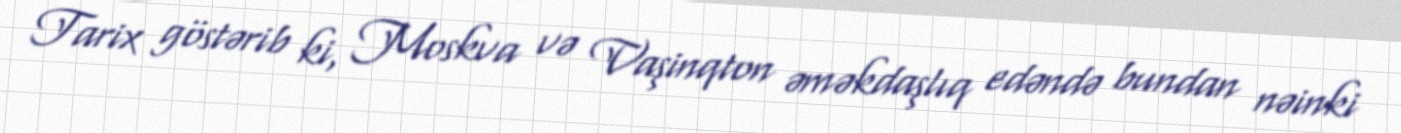
Tarix göstərib ki, Moskva və Vaşinqton əməkdaşlıq edəndə bundan nəinki